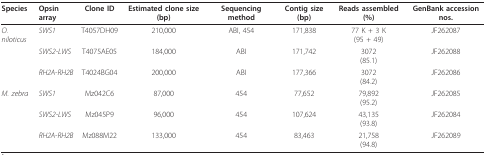
<table><thead><tr><td><b>Species</b></td><td><b>Opsin array</b></td><td><b>Clone ID</b></td><td><b>Estimated clone size (bp)</b></td><td><b>Sequencing method</b></td><td><b>Contig size (bp)</b></td><td><b>Reads assembled (%)</b></td><td><b>GenBank accession nos.</b></td></tr></thead><tbody><tr><td><i>O. niloticus</i></td><td><i>SWS1</i></td><td>T4057DH09</td><td>210,000</td><td>ABI, 454</td><td>171,838</td><td>77 K + 3 K(95 + 49)</td><td>JF262087</td></tr><tr><td></td><td><i>SWS2-LWS</i></td><td>T4075AE05</td><td>184,000</td><td>ABI</td><td>171,742</td><td>3072(85.1)</td><td>JF262088</td></tr><tr><td></td><td><i>RH2A-RH2B</i></td><td>T4024BG04</td><td>200,000</td><td>ABI</td><td>177,366</td><td>3072(84.2)</td><td>JF262086</td></tr><tr><td><i>M. zebra</i></td><td><i>SWS1</i></td><td>Mz042C6</td><td>87,000</td><td>454</td><td>77,652</td><td>79,892(95.2)</td><td>JF262085</td></tr><tr><td></td><td><i>SWS2-LWS</i></td><td>Mz045P9</td><td>96,000</td><td>454</td><td>107,624</td><td>43,135(93.8)</td><td>JF262084</td></tr><tr><td></td><td><i>RH2A-RH2B</i></td><td>Mz088M22</td><td>133,000</td><td>454</td><td>83,463</td><td>21,758(94.8)</td><td>JF262089</td></tr></tbody></table>